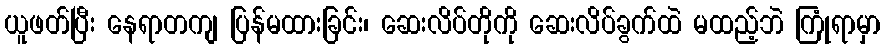
ယူဖတ်ပြီး နေရာတကျ ပြန်မထားခြင်း၊ ဆေးလိပ်တိုကို ဆေးလိပ်ခွက်ထဲ မထည့်ဘဲ ကြုံရာမှာ